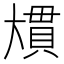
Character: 𭑠